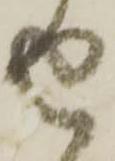
せ